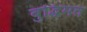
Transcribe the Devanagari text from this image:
बुद्धिमत